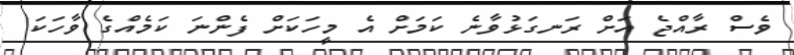
ވެސް ރާއްޖެ އަށް ރަނގަޅުވާނެ ކަމަށް އެ މީހަކަށް ފެންނަ ކަމެއްގެ ވާހަކަ